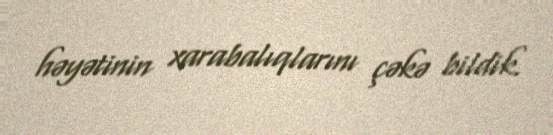
həyətinin xarabalıqlarını çəkə bildik.